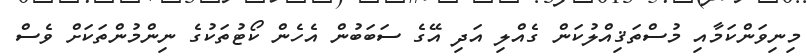
މިނިވަންކަމާއި މުސްތަޤިއްލުކަން ގެއްލި އަދި އޭގެ ސަބަބުން އެހެން ކޯޓުތަކުގެ ނިންމުންތަކަށް ވެސް